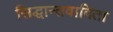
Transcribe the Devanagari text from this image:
सिद्धान्तवादिता